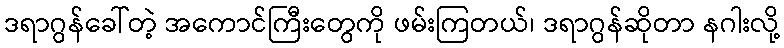
ဒရာဂွန်ခေါ်တဲ့ အကောင်ကြီးတွေကို ဖမ်းကြတယ်၊ ဒရာဂွန်ဆိုတာ နဂါးလို့